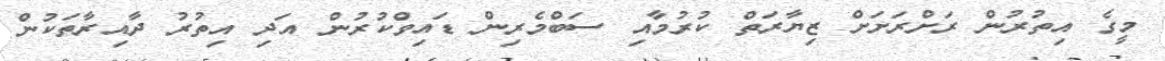
މީގެ އިތުރުން ރަށްރަށަށް ޒިޔާރަތް ކުރުމާއި ސަބްމެރިން ޑައިވްކުރުން އަދި އިތުރު ދާއިރާތަކުން